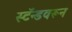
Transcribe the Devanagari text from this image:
स्टॅन्डवरून